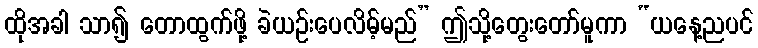
ထိုအခါ သာ၍ တောထွက်ဖို့ ခဲယဉ်းပေလိမ့်မည်” ဤသို့တွေးတော်မူကာ “ယနေ့ညပင်